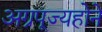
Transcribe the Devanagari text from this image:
अग्रपूज्यहोने